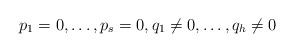
LaTeX: \begin{align*}p_1 = 0, \ldots, p_s = 0, q_1 \neq 0, \ldots, q_h \neq 0\end{align*}